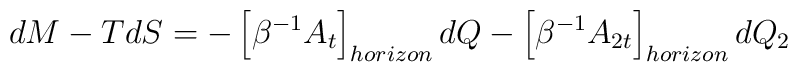
dM - T dS  = -  \left[ \beta^{-1} A_t \right]_{horizon} dQ - \left[ \beta^{-1} A_{2t} \right]_{horizon}  dQ_2